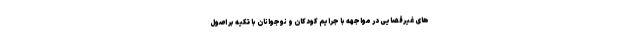
های غیرقضایی در مواجهه با جرایم کودکان و نوجوانان با تکیه بر اصول